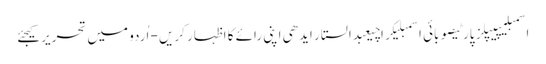
اسمبلیپیپلز پارٹیصوبائی اسمبلیکراچیعبدالستار ایدھی اپنی رائے کا اظہار کریں - اُردو میں تحریر کیجئے